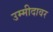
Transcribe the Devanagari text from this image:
उम्मीदावर